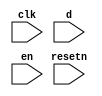
//copilot mean_prob: 0.720191818651492
//This file was assembled by gen.py, written by redactedAuthorFirstname redactedAuthorLastname.
module jtag
(
    input clk,
    input resetn,
    input d,
    input en
);

reg lock_jtag_status;

//set lock_jtag high when d and en are high
//-copilot next line-
//copilot mean_prob: 0.720191818651492

always @(posedge clk)
    lock_jtag_status <= ~(d & en);



endmodule